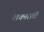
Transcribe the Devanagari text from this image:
लक्‍तरांची